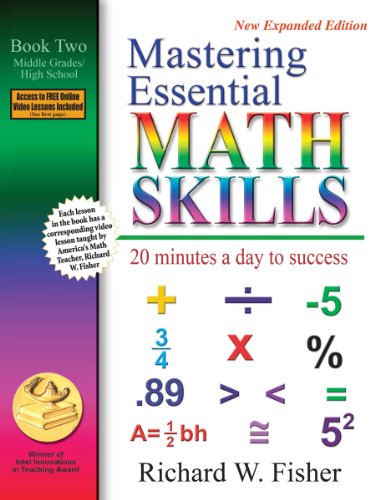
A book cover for Mastering Essential Math Skills: 20 Minutes a Day to Success, Book 2: Middle Grades/High School; Richard W. Fisher; Test Preparation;